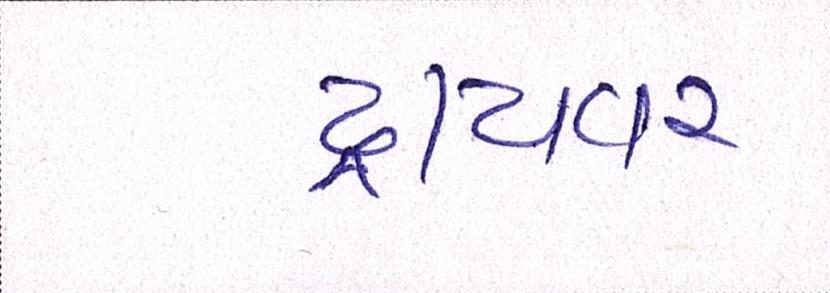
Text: ડ્રાયવર